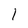
Character: l